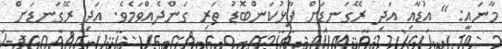
މާނައީ: " އުޑާއި އަދި ރޭގަނޑަށް ފާޅުކަންބޮޑު ތަރި ގަންދެއްވަމެވެ. އަދި ރޭގަނޑަށް